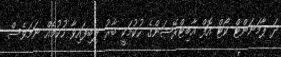
ދަ ޕާމަނަންޓް ކޯޓް އޮފް އާބިޓްރޭޝަންގެ ހުކުމަކީ ބާރު ލިބިފައިވާ ހުކުމެއް ނަމަވެސް